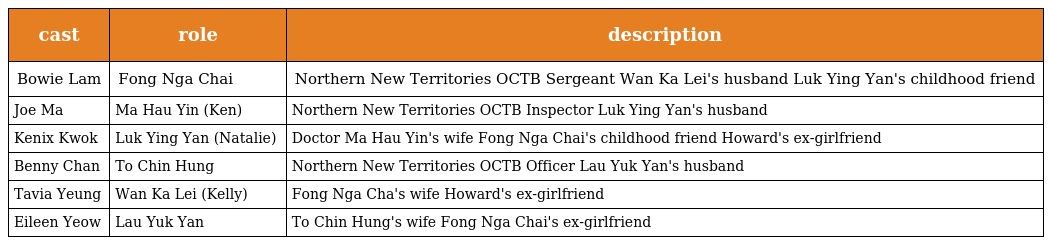
| cast | role | description |
 | --- | --- | --- |
 | Bowie Lam | Fong Nga Chai 方瓦仔 | Northern New Territories OCTB Sergeant Wan Ka Lei's husband Luk Ying Yan's childhood friend |
 | Joe Ma | Ma Hau Yin (Ken) 馬孝賢 | Northern New Territories OCTB Inspector Luk Ying Yan's husband |
 | Kenix Kwok | Luk Ying Yan (Natalie) 陸迎璋 | Doctor Ma Hau Yin's wife Fong Nga Chai's childhood friend Howard's ex-girlfriend |
 | Benny Chan | To Chin Hung 陶展雄 | Northern New Territories OCTB Officer Lau Yuk Yan's husband |
 | Tavia Yeung | Wan Ka Lei (Kelly) 溫嘉莉 | Fong Nga Cha's wife Howard's ex-girlfriend |
 | Eileen Yeow | Lau Yuk Yan 劉玉欣 | To Chin Hung's wife Fong Nga Chai's ex-girlfriend |